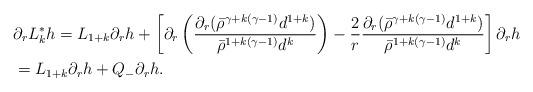
LaTeX: \begin{align*}& \partial_r L_k^* h = L_{1+k} \partial_r h + \left[ \partial_r \left( \frac{\partial_r (\bar{\rho}^{\gamma+k(\gamma-1)} d^{1+k})}{\bar{\rho}^{1+k(\gamma-1)} d^k} \right) - \frac{2}{r} \frac{\partial_r (\bar{\rho}^{\gamma+k(\gamma-1)} d^{1+k})}{\bar{\rho}^{1+k(\gamma-1)} d^k} \right] \partial_r h \\&= L_{1+k} \partial_r h + Q_{-} \partial_r h.\end{align*}